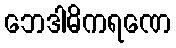
ဘေဒါဓိကရဏေ